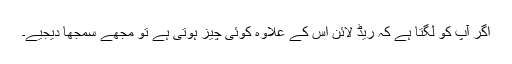
اگر آپ کو لگتا ہے کہ ریڈ لائن اس کے علاوہ کوئی چیز ہوتی ہے تو مجھے سمجھا دیجیے۔